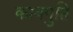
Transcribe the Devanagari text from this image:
कायगुप्ति